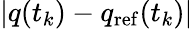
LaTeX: |q(t_{k})-q_{\mathrm{ref}}(t_{k})|